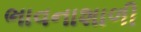
ભાવનાશાળી